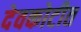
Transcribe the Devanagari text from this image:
देवकोटीत